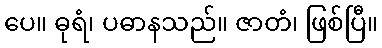
ပေ။ ဓုရံ၊ ပဓာနသည်။ ဇာတံ၊ ဖြစ်ပြီ။